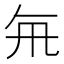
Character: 𭂯